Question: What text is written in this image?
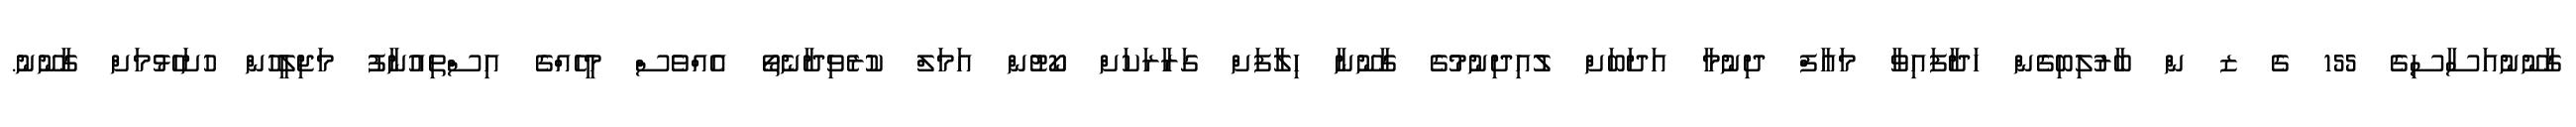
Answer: ގާނޫނުއަސާސިގެ 155 ގެ ޒ ން ބާރުލިބިގެން ހަދާފައިވާ މައާފް ދިނުމާ އަދަބަށް ލުއިދިނުމުގެ ގާނޫނާ ހިލާފަށް ގަރާރަކަށް ކޯޓުން އަމަލް ކުރެވިދާނެތޯ އެއްވެސް މީހެއްގެ އިސްތިއުނާފު މަޖިލީހުން ހުށަހެޅުމަށް ގާނޫނު.